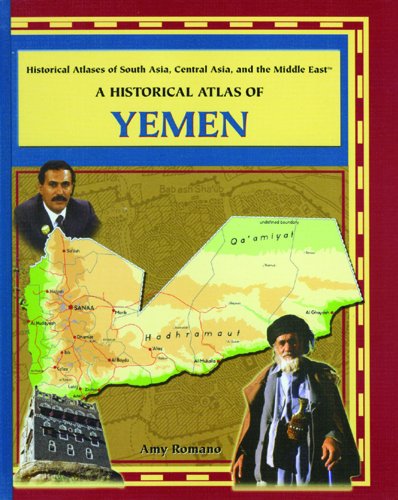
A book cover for A Historical Atlas of Yemen (Historical Atlases of South Asia, Central Asia, and the Middle East); Amy Romano; History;